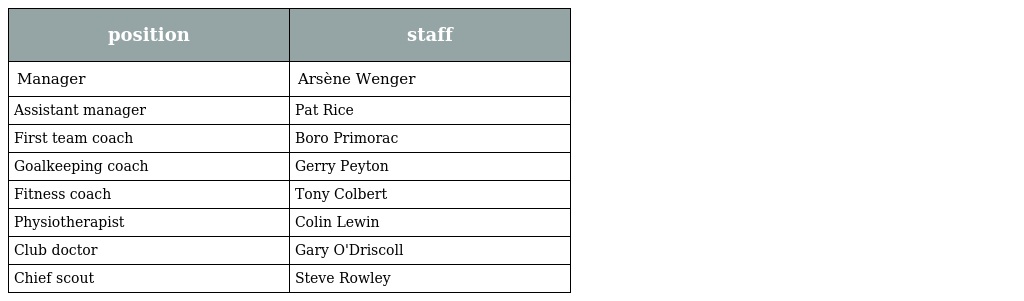
| position | staff |
 | --- | --- |
 | Manager | Arsène Wenger |
 | Assistant manager | Pat Rice |
 | First team coach | Boro Primorac |
 | Goalkeeping coach | Gerry Peyton |
 | Fitness coach | Tony Colbert |
 | Physiotherapist | Colin Lewin |
 | Club doctor | Gary O'Driscoll |
 | Chief scout | Steve Rowley |